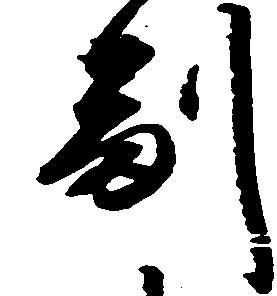
副